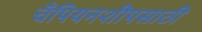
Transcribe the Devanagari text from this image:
चँपियनशीपसाठी